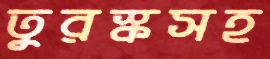
তুরস্কসহ